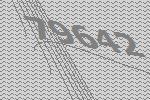
79642